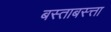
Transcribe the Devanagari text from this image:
बस्ताबस्त्ता